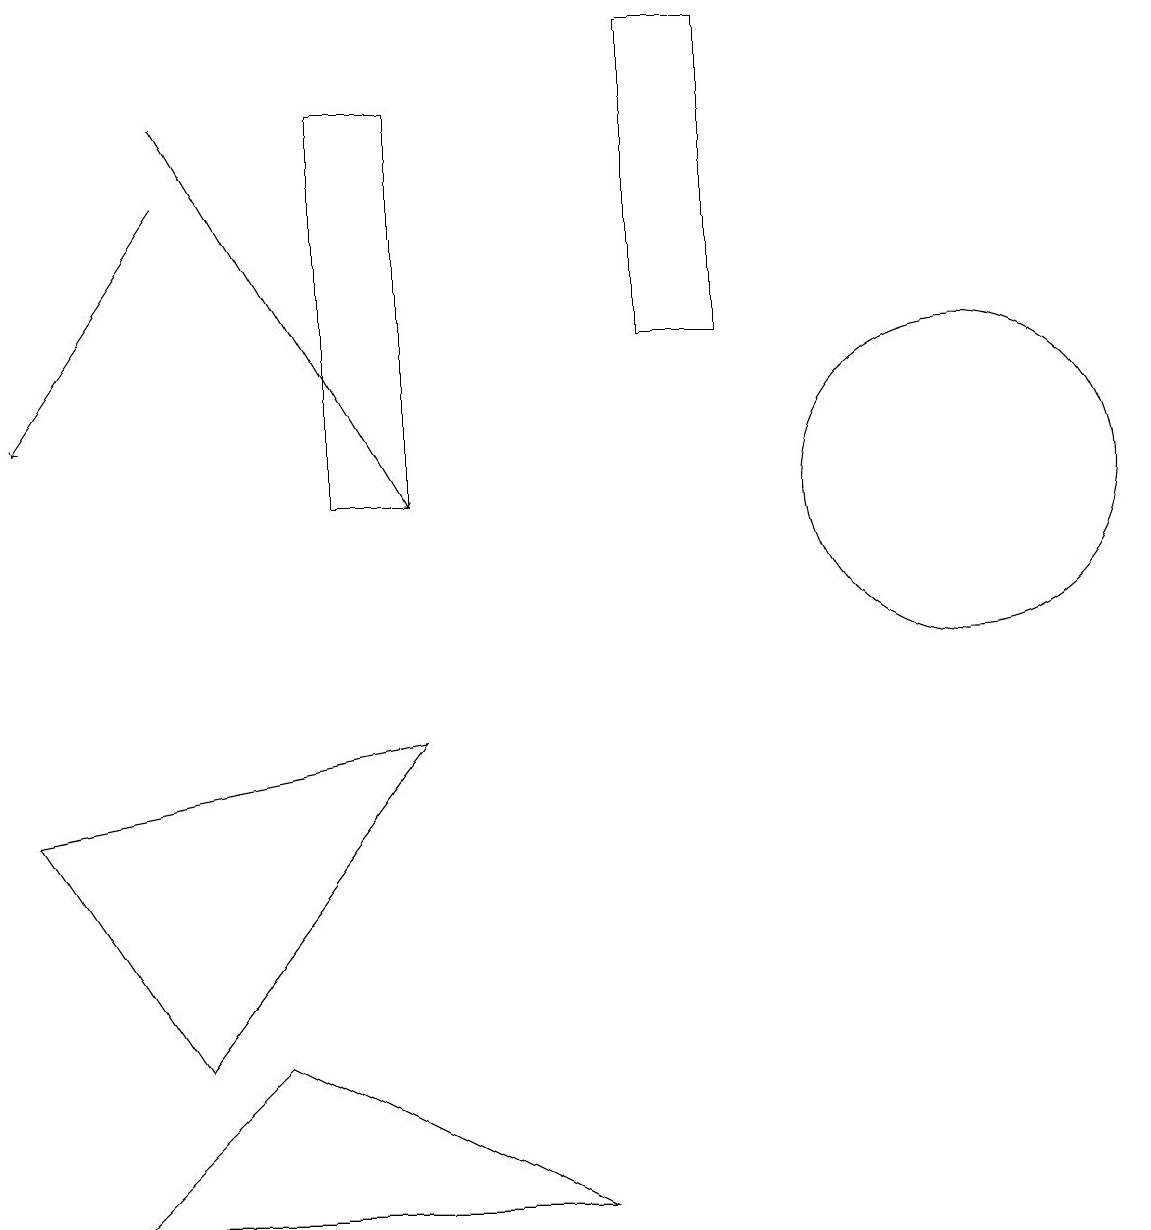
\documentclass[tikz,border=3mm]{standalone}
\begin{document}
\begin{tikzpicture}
\draw (1,3) -- (3,5) -- (7,3) -- cycle;
\draw (8,18) rectangle (9,14);
\draw[->] (2,16) -- (0,13);
\draw (4,17) rectangle (5,12);
\draw[->] (2,17) -- (5,12);
\draw (5,9) -- (2,5) -- (0,8) -- cycle;
\draw (12,12) circle (2);
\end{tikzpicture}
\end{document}